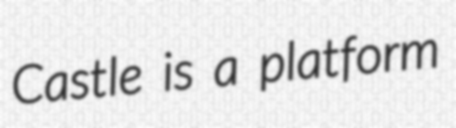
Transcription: Castle is a platform